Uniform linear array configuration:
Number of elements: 8
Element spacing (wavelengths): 0.25
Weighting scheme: blackman
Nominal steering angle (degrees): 15
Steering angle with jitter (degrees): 14.486
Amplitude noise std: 0.05
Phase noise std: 0.05

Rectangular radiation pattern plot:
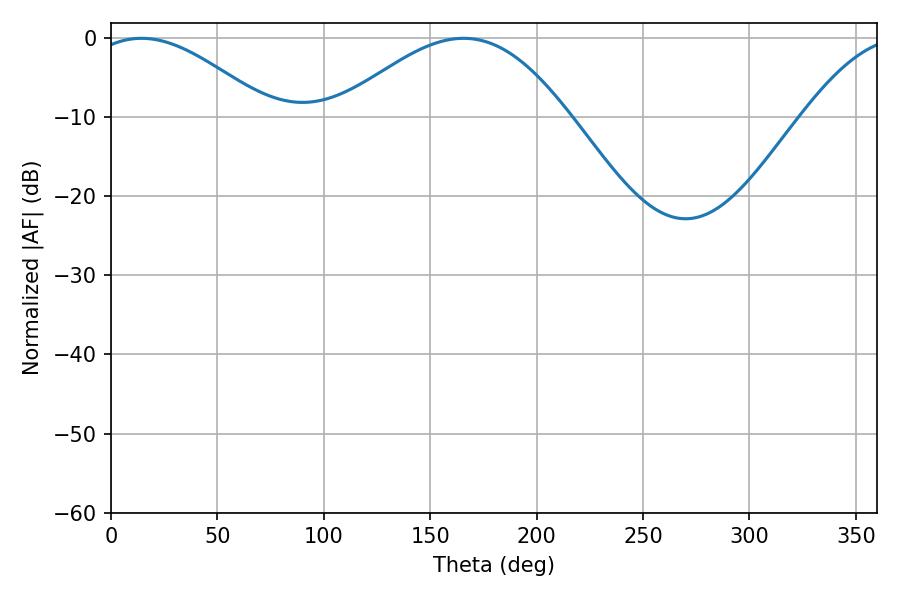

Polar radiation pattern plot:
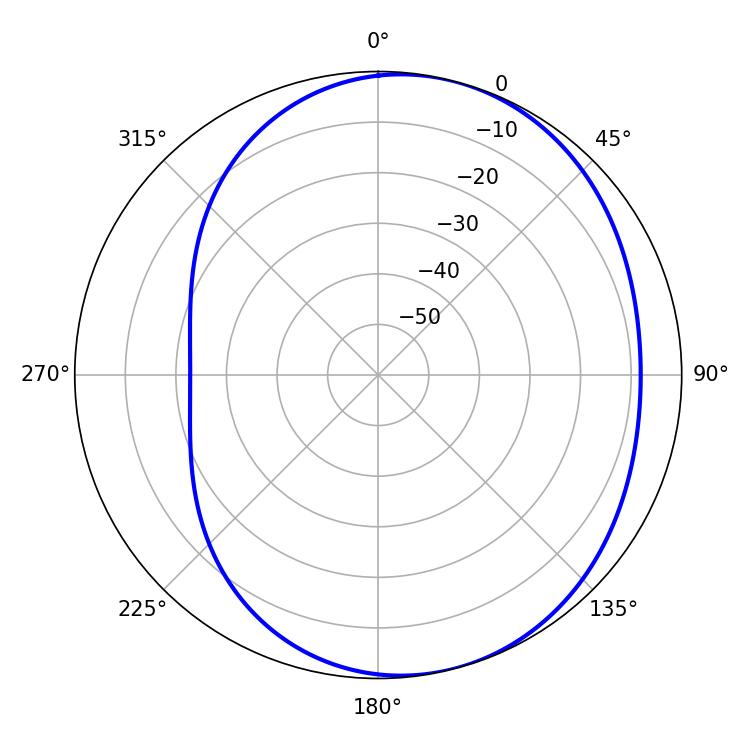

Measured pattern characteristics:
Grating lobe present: FALSE
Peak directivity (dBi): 4.757
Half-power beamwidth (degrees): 45.72
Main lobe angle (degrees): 14.4